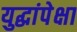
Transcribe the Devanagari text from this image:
युद्धांपेक्षा